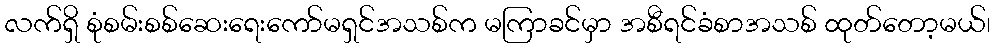
လက်ရှိ စုံစမ်းစစ်ဆေးရေးကော်မရှင်အသစ်က မကြာခင်မှာ အစီရင်ခံစာအသစ် ထုတ်တော့မယ်၊